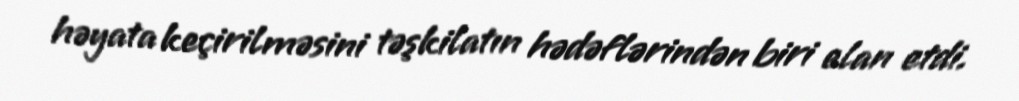
həyata keçirilməsini təşkilatın hədəflərindən biri elan etdi.